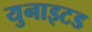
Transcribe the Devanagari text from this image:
युनाइटड